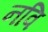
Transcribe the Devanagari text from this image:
नवि